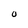
Character: 0